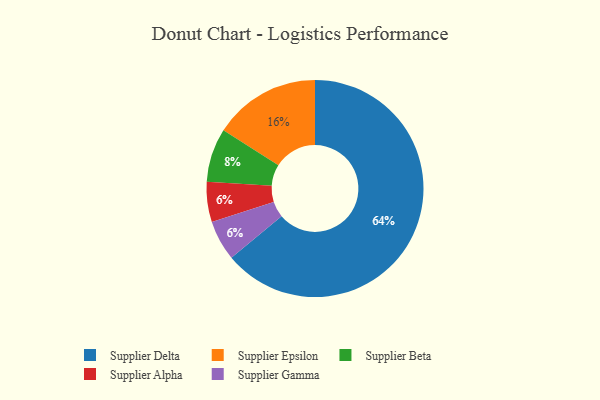
{"axis": {"x": "Category", "y": "Percentage"}, "legend": ["Supplier Alpha", "Supplier Beta", "Supplier Delta", "Supplier Epsilon", "Supplier Gamma"], "data": [{"x": "Supplier Alpha", "y": 6, "type": "Supplier Alpha"}, {"x": "Supplier Gamma", "y": 6, "type": "Supplier Gamma"}, {"x": "Supplier Delta", "y": 64, "type": "Supplier Delta"}, {"x": "Supplier Epsilon", "y": 16, "type": "Supplier Epsilon"}, {"x": "Supplier Beta", "y": 8, "type": "Supplier Beta"}]}